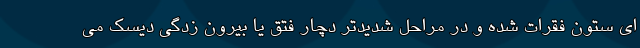
ای ستون فقرات شده و در مراحل شدیدتر دچار فتق یا بیرون زدگی دیسک می